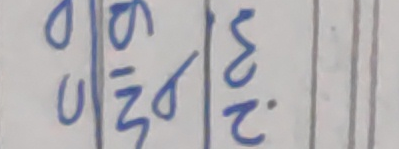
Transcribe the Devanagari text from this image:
० ९ ३
० - .
झ २